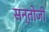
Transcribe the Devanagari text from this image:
सन्तोजी